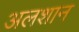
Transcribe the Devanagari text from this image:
अलशान